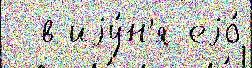
- в иjу́н'я еjо́